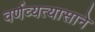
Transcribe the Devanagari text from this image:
वर्णव्यत्यासाने